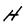
Character: H